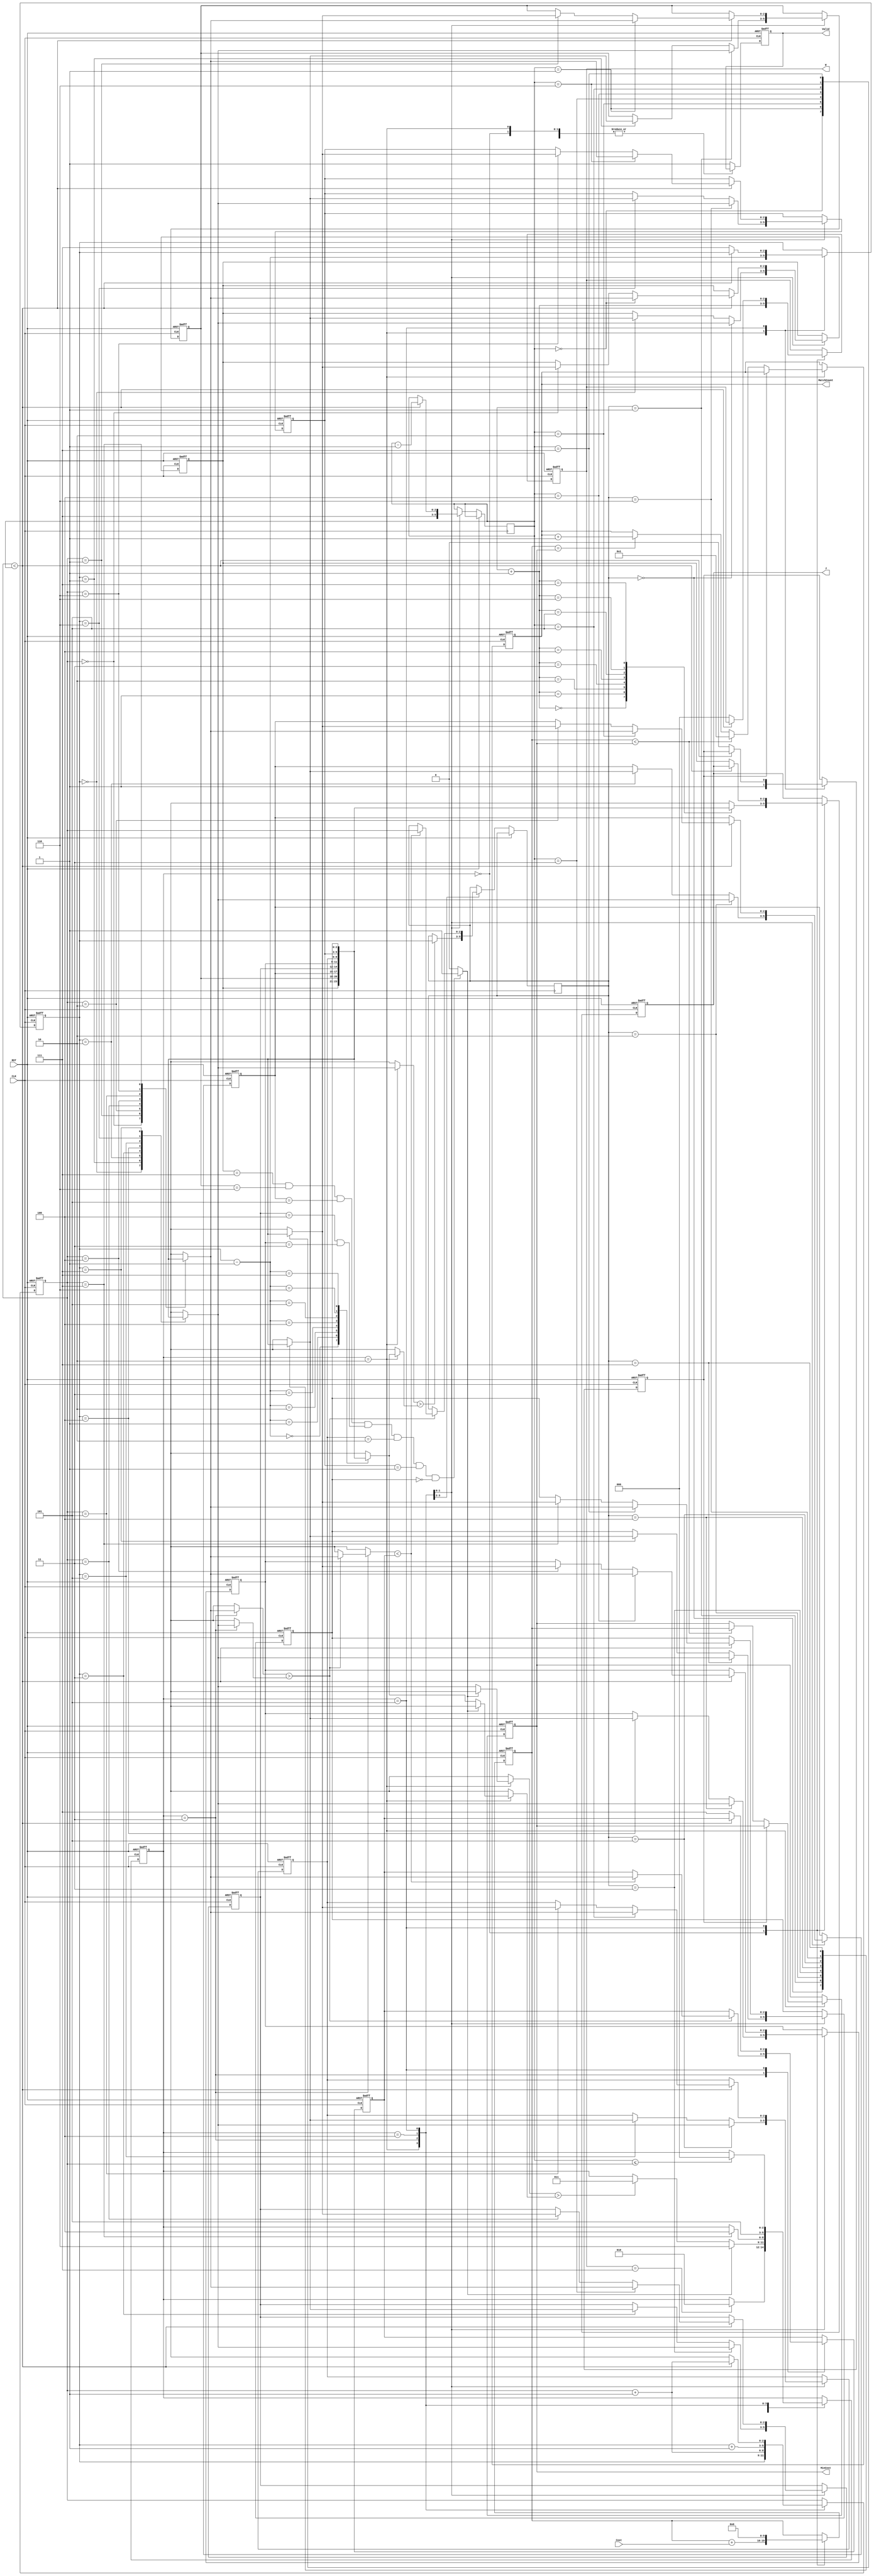
module JAM (
input CLK,
input RST,
output reg [2:0] W,
output reg [2:0] J,
input [6:0] Cost,
output reg [3:0] MatchCount,
output reg [9:0] MinCost,
output reg Valid);

reg [2:0] cur_state, next_state;
reg [2:0] fact[7:0];
reg [2:0] pivot, right, tail;
reg [9:0] MinCost_buf;
reg [2:0] swapNum,swapNum_index;
reg en_o;
wire en;

assign en = (fact[0] == 7 && fact[1] == 6 && fact[2] == 5 && fact[3] == 4 & fact[4] == 3 && fact[5] == 2 && fact[6] == 1 && fact[7] == 0) ? 1 : 0;

always @(*) begin
    next_state = cur_state;
    case (cur_state)
        0: if (W == 7) next_state = 2;
        // 1: next_state = (en) ? 6 : 2;
        2: begin
            if (en) next_state = 6;
            else if (fact[pivot] > fact[pivot - 1]) next_state = 3;
        end
        3: if (right == 7) next_state = 4;
        4: next_state = 5;
        5: begin
            // if (en) next_state = 6;
            if (tail <= right) next_state = 0;
        end
        default: next_state = next_state;
    endcase
end

always @(posedge CLK or posedge RST) begin
    if (RST)
    begin
        Valid <= 0;
        MatchCount <= 4'd0;
        MinCost <= 10'b1111111111;
        MinCost_buf <= 10'd0;
        W <= 3'd0;
        J <= 3'd0;
        fact[0] <= 0;
        fact[1] <= 1;
        fact[2] <= 2;
        fact[3] <= 3;
        fact[4] <= 4;
        fact[5] <= 5;
        fact[6] <= 6;
        fact[7] <= 7;
        pivot <= 3'd7;
        right <= 3'd0;
        swapNum <= 7;
        en_o <= 0;
    end
    else
    begin
        case (cur_state)
            0: begin
                MinCost_buf <= MinCost_buf + Cost;
                W <= W + 1; // W would be reset to 0
                J <= fact[W + 1];
            end 
            // 1: begin // compare
            //     if (MinCost_buf < MinCost) begin
            //         MinCost <= MinCost_buf; 
            //         MatchCount <= 1;
            //     end
            //     else if(MinCost_buf ==  MinCost) begin
            //         MatchCount <= MatchCount + 1;
            //     end
            //     else begin
            //         MinCost <= MinCost;
            //     end
            //     MinCost_buf <= 10'd0;
                
            // end
            2: begin
                /*  find pivot */
                if (fact[pivot] > fact[pivot - 1]) begin
                    pivot <= pivot - 1;
                    swapNum_index <= pivot;
                end
                else begin
                    pivot <= pivot - 1;
                end
                right <= pivot;
                
                if (!en_o) begin
                    en_o <= 1;
                    if (MinCost_buf < MinCost) begin
                        MinCost <= MinCost_buf; 
                        MatchCount <= 1;
                    end
                    else if(MinCost_buf ==  MinCost) begin
                        MatchCount <= MatchCount + 1;
                    end
                    else begin
                        MinCost <= MinCost;
                    end
                end
                else begin
                end
            end
            3: begin
                /* find min swap number */
                right <= right + 1;
                if (fact[right] > fact[pivot]) begin
                    if (fact[right] < swapNum) begin
                        swapNum <= fact[right];
                        swapNum_index <= right;
                    end
                    else begin
                        swapNum <= swapNum;
                    end
                end
                else begin
                    
                end
            end
            4: begin // swap 
                fact[pivot] <= fact[swapNum_index];
                fact[swapNum_index] <= fact[pivot];
                right <= pivot + 1;
                tail <= 7;
            end
            5: begin
                // if (MinCost_buf < MinCost) begin
                //     MinCost <= MinCost_buf; 
                //     MatchCount <= 1;
                // end
                // else if(MinCost_buf ==  MinCost) begin
                //     MatchCount <= MatchCount + 1;
                // end
                // else begin
                //     MinCost <= MinCost;
                // end

                MinCost_buf <= 10'd0;
                if (right < tail) begin
                    fact[right] <= fact[tail];
                    fact[tail] <= fact[right];
                    right <= right + 1;
                    tail <= tail - 1;
                end
                else begin 
                    right <= 'hx;
                    W <= 0;
                    pivot <= 3'd7;
                    J <= fact[0];
                    swapNum <= 7;
                    en_o <= 0;
                end     
            end
            default: begin
                Valid <= 1;
            end
        endcase
    end
end

always @(posedge CLK or posedge RST) begin
    if (RST) cur_state <= 0;
    else cur_state <= next_state;
end

endmodule